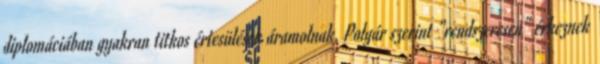
diplomáciában gyakran titkos értesülések áramolnak, Polgár szerint "rendszeresen" érkeznek